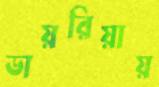
ডায়রিয়ায়